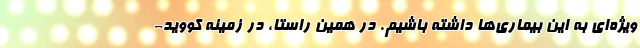
ویژه‌ای به این بیماری‌ها داشته باشیم. در همین راستا، در زمینه کووید-